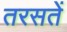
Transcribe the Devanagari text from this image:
तरसतें